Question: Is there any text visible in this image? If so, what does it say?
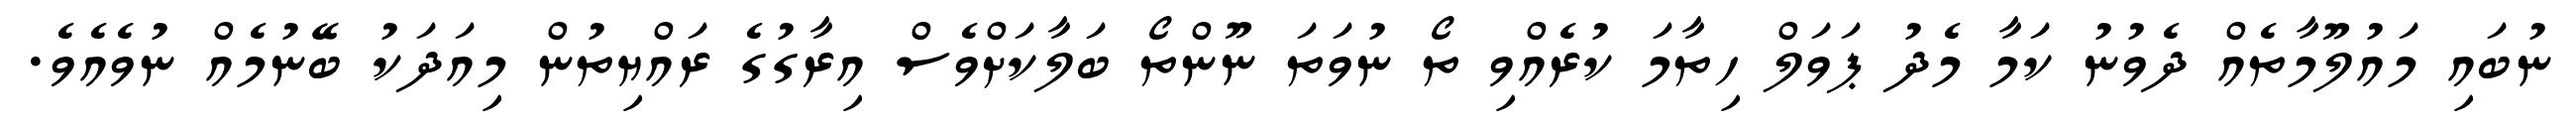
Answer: ނުބައި މައުލޫމާތެއް ދެވުނު ކަމާ މެދު ޕަވަލް ހިތާމަ ކުރެއްވި ތޯ ނުވަތަ ނޫންތޯ ބަލާކަށްވެސް އިރާގުގެ ރައްޔިތުން މިއަދަކު ބޭނުމެއް ނުވެއެވެ.